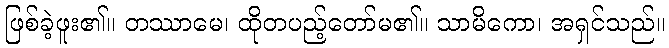
ဖြစ်ခဲ့ဖူး၏။ တဿာမေ၊ ထိုတပည့်တော်မ၏။ သာမိကော၊ အရှင်သည်။